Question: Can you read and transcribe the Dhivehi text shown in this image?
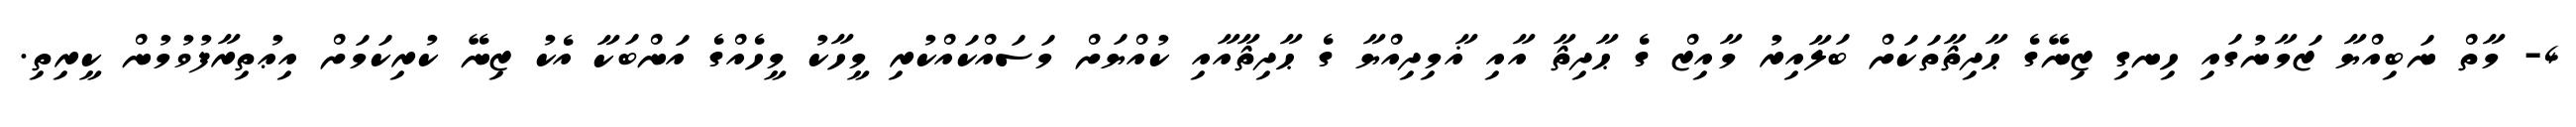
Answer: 4- މާތް ނަބިއްޔާ ޒަމާނުގައި ހިނގި ޒިނޭގެ ޙާދިޘާތަކަށް ބަލާއިރު މާއިޒް ގެ ޙާދިޘާ އާއި ޣާމިދިއްޔާ ގެ ޙާދިޘާއާއި ކުއްޔަށް މަސައްކައްކުރި މީހާކު މީހެއްގެ އަންބަކާ އެކު ޒިނޭ ކުރިކަމަށް އިޢުތިރާފުވުމުން ކީރިތި.